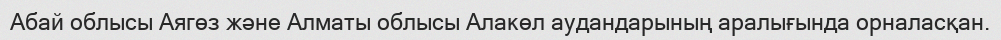
Абай облысы Аягөз және Алматы облысы Алакөл аудандарының аралығында орналасқан.